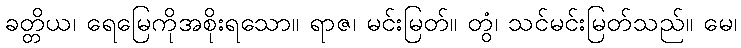
ခတ္တိယ၊ ရေမြေကိုအစိုးရသော။ ရာဇ၊ မင်းမြတ်။ တွံ၊ သင်မင်းမြတ်သည်။ မေ၊